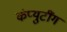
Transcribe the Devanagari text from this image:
कंप्युटींग